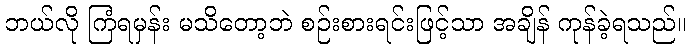
ဘယ်လို ကြံရမှန်း မသိတော့ဘဲ စဉ်းစားရင်းဖြင့်သာ အချိန် ကုန်ခဲ့ရသည်။